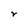
Character: r